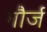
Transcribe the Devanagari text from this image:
गौर्ज